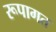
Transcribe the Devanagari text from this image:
रूपागत